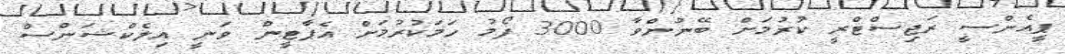
ޕީއެންސީ ރަޖިސްޓްރީ ކުރުމަށް ބޭނުންވާ 3000 ފޯމު ހަމަކުރުމަށް އެޕާޓީން ވަނީ އިލެކްޝަންސް